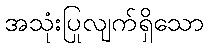
အသုံးပြုလျက်ရှိသော